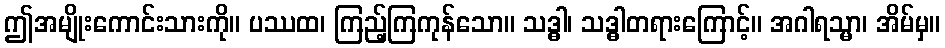
ဤအမျိုးကောင်းသားကို။ ပဿထ၊ ကြည့်ကြကုန်သော။ သဒ္ဓါ၊ သဒ္ဓါတရားကြောင့်။ အဂါရသ္မာ၊ အိမ်မှ။